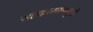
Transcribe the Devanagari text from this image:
सहकायाषमुळे